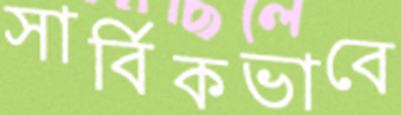
সার্বিকভাবে